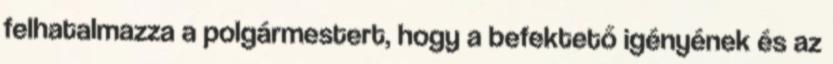
felhatalmazza a polgármestert, hogy a befektető igényének és az